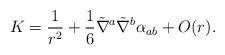
LaTeX: \begin{align*}K = \frac{1}{r^2} + \frac{1}{6} \tilde \nabla^a \tilde \nabla^b \alpha_{ab} + O(r).\end{align*}